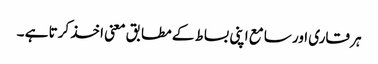
ہر قاری اور سامع اپنی بساط کے مطابق معنی اخذ کرتا ہے ۔